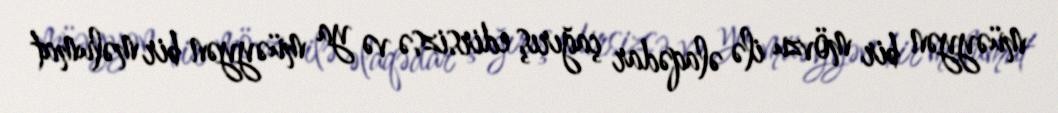
müəyyən bir mövzu ilə əlaqədar çağırış edirsizsə və ya müəyyən bir məlumat